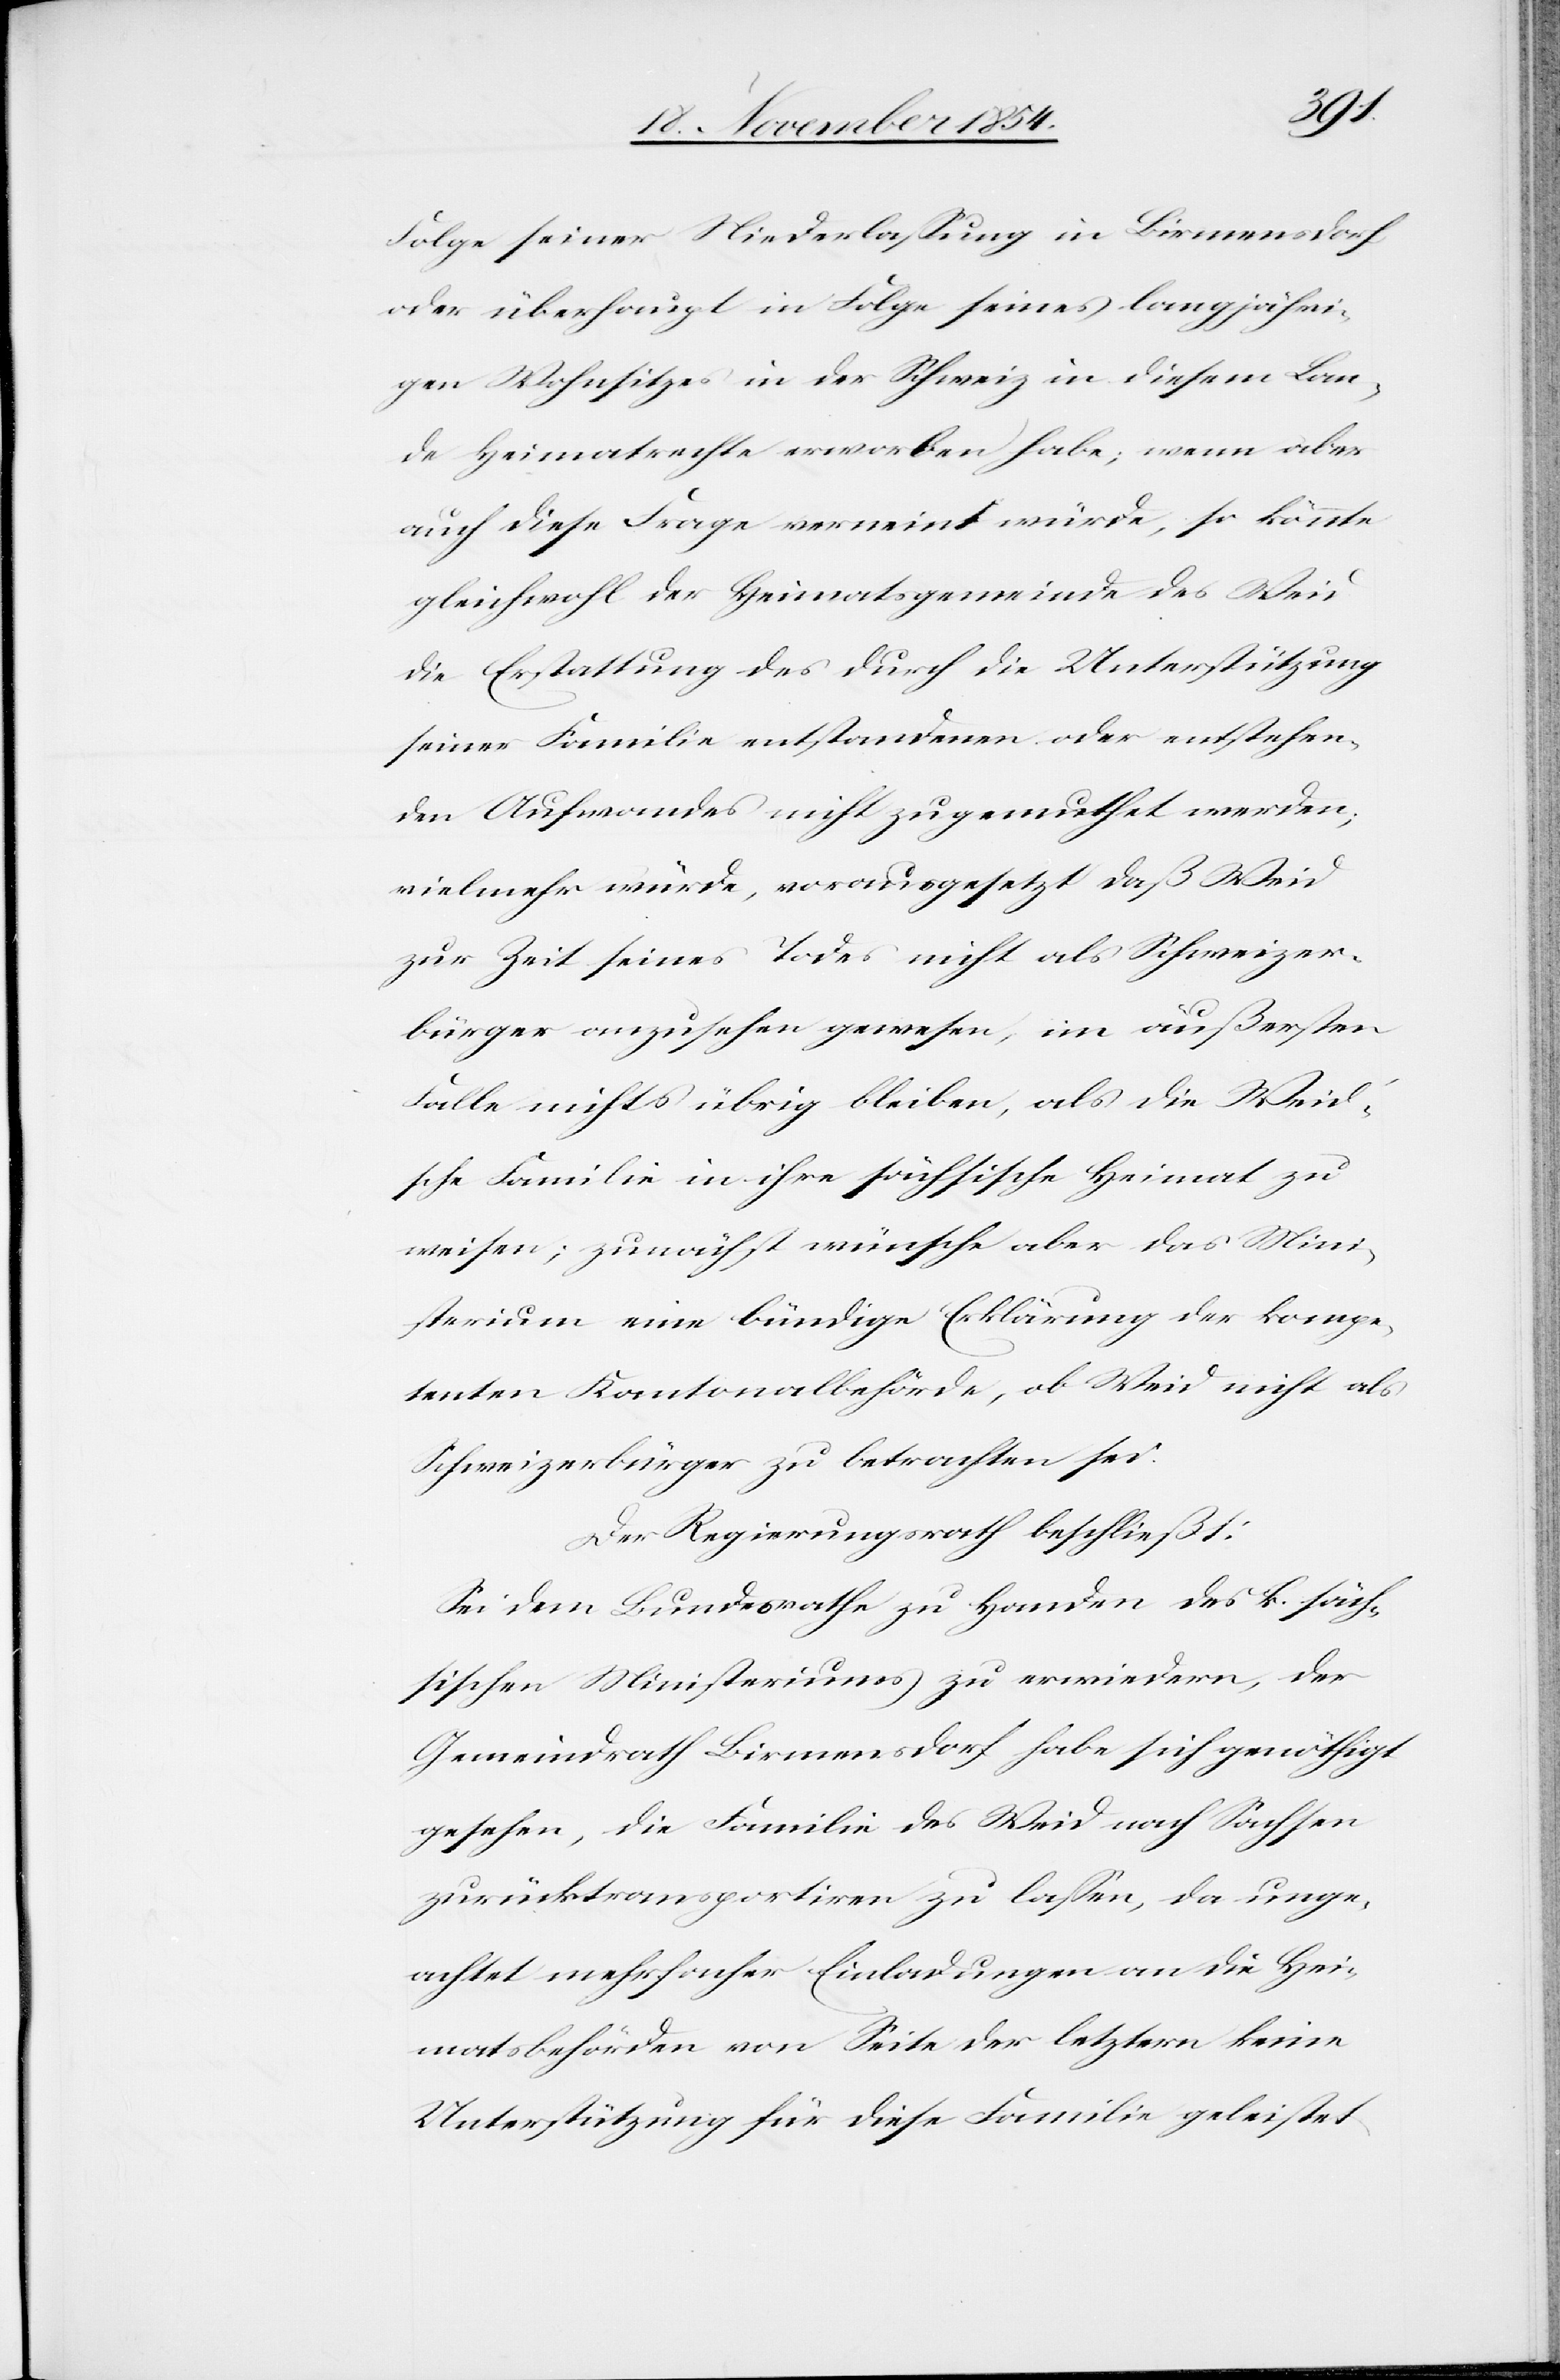
Folge seiner Niederlaßung in Birmensdorf
oder überhaupt in Folge seines langjähri¬
gen Wohnsitzes in der Schweiz in diesem Lan¬
de Heimatrechte erworben habe; wenn aber
auch diese Frage verneint würde, so könnte
gleichwohl der Heimatsgemeinde des Weid
die Erstattung des durch die Unterstützung
seiner Familie entstandenen oder entstehen¬
den Aufwandes nicht zugemuthet werden;
vielmehr würde, vorausgesetzt daß Weid
zur Zeit seines Todes nicht als Schweizer¬
bürger anzusehen gewesen, im äußersten
Falle nichts übrig bleiben, als die Weid¬
sche Familie in ihre sächsische Heimat zu
weisen; zunächst wünsche aber das Mini¬
sterium eine bündige Erklärung der kompe¬
tenten Kantonalbehörde, ob Weid nicht als
Schweizerbürger zu betrachten sei.
Der Regierungsrath beschließt:
Sei dem Bundesrathe zu Handen des k. säch¬
sischen Ministeriums zu erwiedern, der
Gemeindrath Birmensdorf habe sich genöthigt
gesehen, die Familie des Weid nach Sachsen
zurücktransportiren zu laßen, da unge¬
achtet mehrfacher Einladungen an die Hei¬
matsbehörden von Seite der letztern keine
Unterstützung für diese Familie geleistet